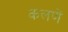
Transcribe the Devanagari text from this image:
कलणें